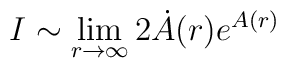
I \sim \lim_{r \to \infty}  2 \dot{A}(r) e^{A(r)}